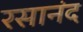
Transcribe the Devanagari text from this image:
रसानंद